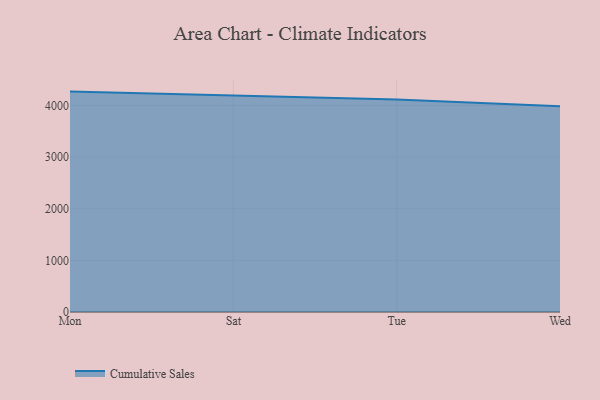
{"axis": {"x": "Day", "y": "Satisfaction Score"}, "legend": ["Cumulative Sales"], "data": [{"x": "Mon", "y": 4267.3, "type": "Cumulative Sales"}, {"x": "Sat", "y": 4189.7, "type": "Cumulative Sales"}, {"x": "Tue", "y": 4114.6, "type": "Cumulative Sales"}, {"x": "Wed", "y": 3985.6, "type": "Cumulative Sales"}]}